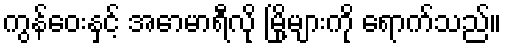
ကွန်ဝေးနှင့် အောမာရီလို မြို့များကို ရောက်သည်။